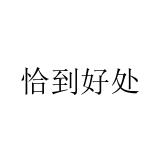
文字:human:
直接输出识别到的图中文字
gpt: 恰到好处